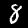
Digit: 8